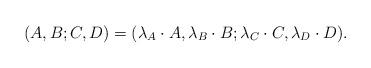
LaTeX: \begin{align*} (A,B; C, D) = (\lambda_A \cdot A, \lambda_B \cdot B; \lambda_C \cdot C, \lambda_D \cdot D). \end{align*}